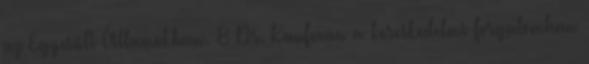
az Egyesült Államokban. 8 Dr. Kaufman a kereskedelmi forgalomban